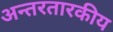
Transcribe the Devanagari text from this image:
अन्तरतारकीय